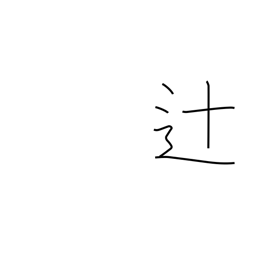
Meaning: crossroad